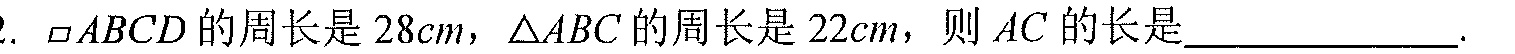
2. $\square ABCD$的周长是$28cm$，$\triangle ABC$的周长是$22cm$，则$AC$的长是____________.